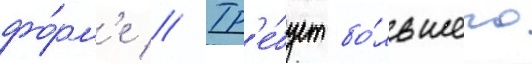
фо́рм'е // Тр'е́бует бо́льшего